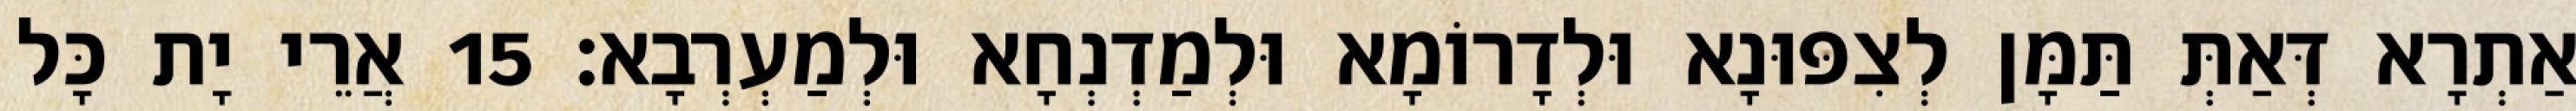
אַתְרָא דְּאַתְּ תַּמָּן לְצִפּוּנָא וּלְדָרוֹמָא וּלְמַדְנְחָא וּלְמַעְרְבָא׃ 15 אֲרֵי יָת כָּל